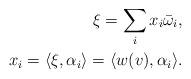
LaTeX: \begin{align*} \xi = \sum\limits_i x_i \bar\omega_i, \\ x_i = \langle \xi, \alpha_i \rangle = \langle w(v), \alpha_i \rangle.\end{align*}